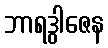
ဘာရဒွါဇေန